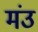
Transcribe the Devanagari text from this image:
मंउ